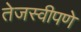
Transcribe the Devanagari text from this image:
तेजस्वीपणे